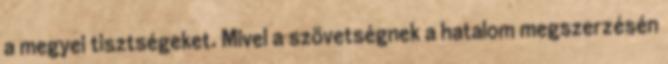
a megyei tisztségeket. Mivel a szövetségnek a hatalom megszerzésén